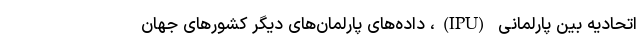
اتحادیه بین پارلمانی (IPU)، داده‌های پارلمان‌های دیگر کشورهای جهان